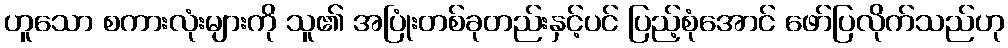
ဟူသော စကားလုံးများကို သူ၏ အပြုံးတစ်ခုတည်းနှင့်ပင် ပြည့်စုံအောင် ဖော်ပြလိုက်သည်ဟု